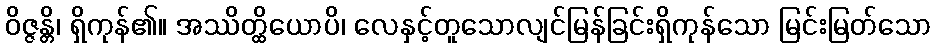
ဝိဇ္ဇန္တိ၊ ရှိကုန်၏။ အဿိတ္ထိယောပိ၊ လေနှင့်တူသောလျင်မြန်ခြင်းရှိကုန်သော မြင်းမြတ်သော